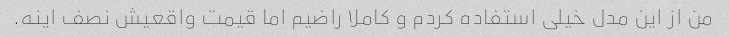
من از این مدل خیلی استفاده کردم و کاملا راضیم اما قیمت واقعیش نصف اینه.